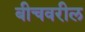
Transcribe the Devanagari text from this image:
बीचवरील